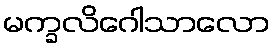
မက္ခလိဂေါသာလော